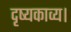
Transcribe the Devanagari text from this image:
दृष्यकाव्य।